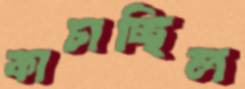
কাচাচ্ছিল